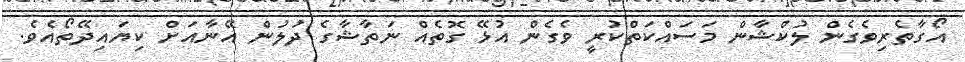
އޯގާތެރިވެގެން ލުކްޝާން މަސައްކަތްކުރީ ވެގެން އުޅޭ ގޮތެއް ނަތާޝާގެ ދުލުން އޭނާއަށް ކިޔައިދޭތޯއެވެ.